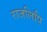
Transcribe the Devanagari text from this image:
राजलिपि